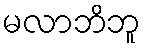
မလာဘိဘူ